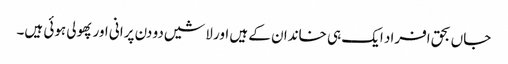
جاں بحق افراد ایک ہی خاندان کے ہیں اور لاشیں دو دن پرانی اور پھولی ہوئی ہیں۔